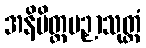
အနိမိတ္တပဉှာသုတ္တံ